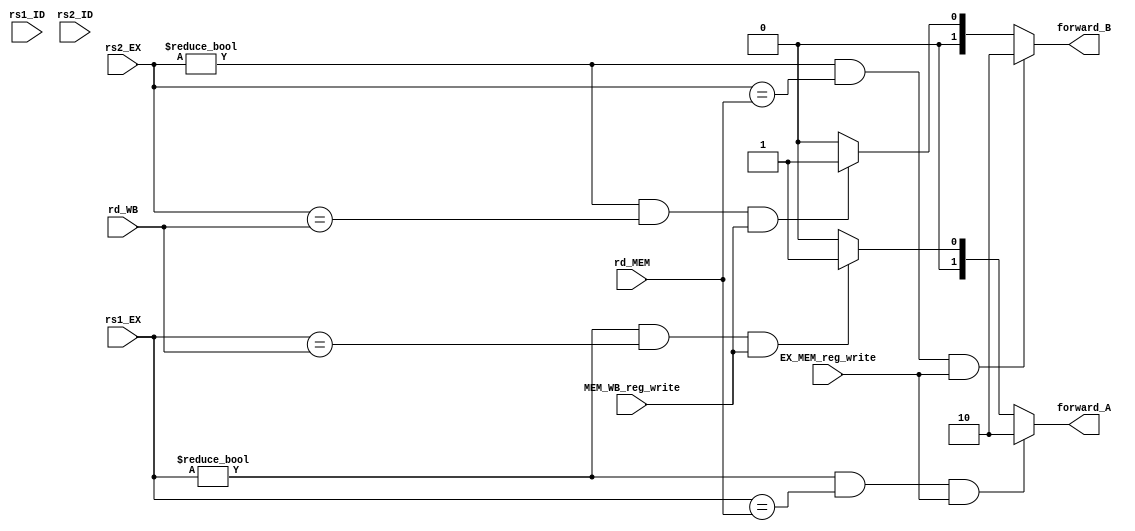
module ForwardingUnit(input [4:0] rs1_ID, input [4:0] rs2_ID, input [4:0] rs1_EX, input [4:0] rs2_EX, input [4:0] rd_MEM, input [4:0] rd_WB, input EX_MEM_reg_write, input MEM_WB_reg_write,
                        output reg [1:0] forward_A, output reg [1:0] forward_B);
    always @(*) begin
    if((rs1_EX!=0)&&(rs1_EX==rd_MEM)&&EX_MEM_reg_write) begin // dist=1
        forward_A = 2'b10;
    end
    else if((rs1_EX!=0)&&(rs1_EX==rd_WB)&&MEM_WB_reg_write) begin // dist=2
        forward_A = 2'b01;
    end
    else begin // dist>=3
        forward_A = 2'b00;
    end
    if((rs2_EX!=0)&&(rs2_EX==rd_MEM)&&EX_MEM_reg_write) begin // dist=1
        forward_B = 2'b10;
    end
    else if((rs2_EX!=0)&&(rs2_EX==rd_WB)&&MEM_WB_reg_write) begin // dist=2
        forward_B = 2'b01;
    end
    else begin // dist>=3
        forward_B = 2'b00;
    end
    end
endmodule